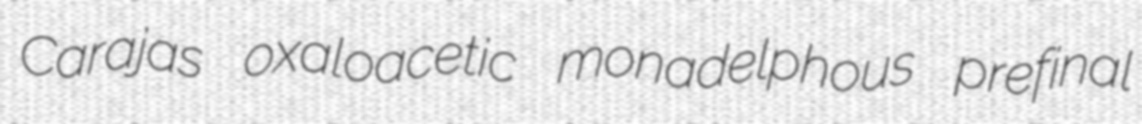
Carajas oxaloacetic monadelphous prefinal